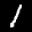
Label: 1